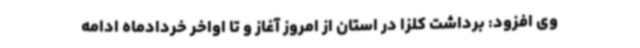
وی افزود: برداشت کلزا در استان از امروز آغاز و تا اواخر خردادماه ادامه